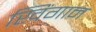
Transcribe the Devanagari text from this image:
खिंगान